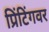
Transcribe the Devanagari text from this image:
प्रिंटिंगवर